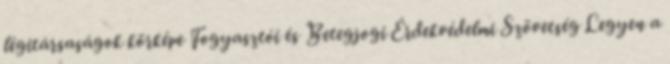
légitársaságok körképe Fogyasztói és Betegjogi Érdekvédelmi Szövetség Legyen a